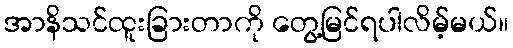
အာနိသင်ထူးခြားတာကို တွေ့မြင်ရပါလိမ့်မယ်။